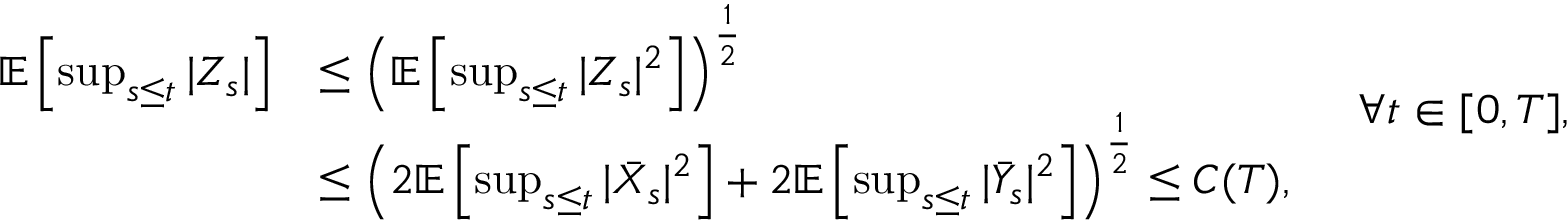
\begin{array} { r l } { \mathbb { E } \left[ \operatorname* { s u p } _ { s \leq t } | Z _ { s } | \right] } & { \leq \left( \mathbb { E } \left[ \operatorname* { s u p } _ { s \leq t } | Z _ { s } | ^ { 2 } \right] \right) ^ { \frac { 1 } { 2 } } } \\ & { \leq \left( 2 \mathbb { E } \left[ \operatorname* { s u p } _ { s \leq t } | \bar { X } _ { s } | ^ { 2 } \right] + 2 \mathbb { E } \left[ \operatorname* { s u p } _ { s \leq t } | \bar { Y } _ { s } | ^ { 2 } \right] \right) ^ { \frac { 1 } { 2 } } \leq C ( T ) , } \end{array} \quad \forall t \in [ 0 , T ] ,